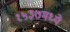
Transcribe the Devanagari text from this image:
१५३७मध्ये